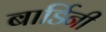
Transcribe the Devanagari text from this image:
बार्डिनी